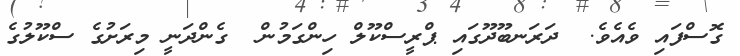
ގޮސްފައި ވެއެވެ.  ދަރަނބޫދޫގައި ޕްރީސްކޫލް ހިންގަމުން  ގެންދަނީ މިރަށުގެ ސްކޫލުގެ